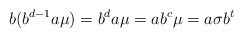
\begin{align*}b(b^{d-1}a\mu)=b^da\mu=ab^c\mu=a\sigma b^t\end{align*}